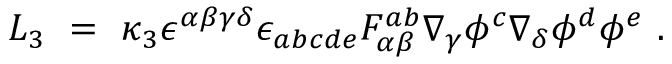
{ \cal L } _ { 3 } ~ = ~ \kappa _ { 3 } \epsilon ^ { \alpha \beta \gamma \delta } \epsilon _ { a b c d e } F _ { \alpha \beta } ^ { a b } \nabla _ { \gamma } \phi ^ { c } \nabla _ { \delta } \phi ^ { d } \phi ^ { e } ~ .